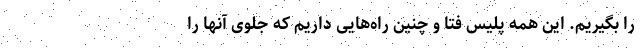
را بگیریم. این همه پلیس فتا و چنین راه‌هایی داریم که جلوی آنها را